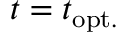
t = t _ { \mathrm { o p t . } }